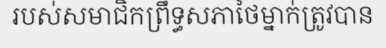
របស់សមាជិកព្រឹទ្ធសភាថៃម្នាក់ត្រូវបាន